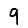
Digit: 9